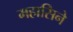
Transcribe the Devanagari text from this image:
महासिने